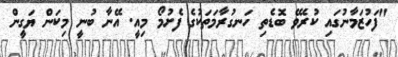
"ފަހުޒަމާނުގައި ކުރެވޭ ބޮޑެތި ހަނގުރާމަތަކުގެ ފެށުމޯ މިއީ. އޭނާ ބުނީ މިކަން ޔަގީން